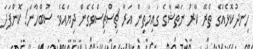
ހިނދުކޮޅެއްގެ ތެރޭ ކާރު ނަތާޝާގެ ގައިމަތިން އަރާ ޗިސްޗިސްވެގެން ދިޔައެވެ. ސުބްހާނަ! ކޮންފަދަ